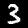
Label: 3